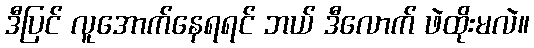
ဒီပြင် လူအောက်နေရရင် ဘယ် ဒီလောက် ဖဲထိုးမလဲ။